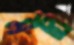
মরি